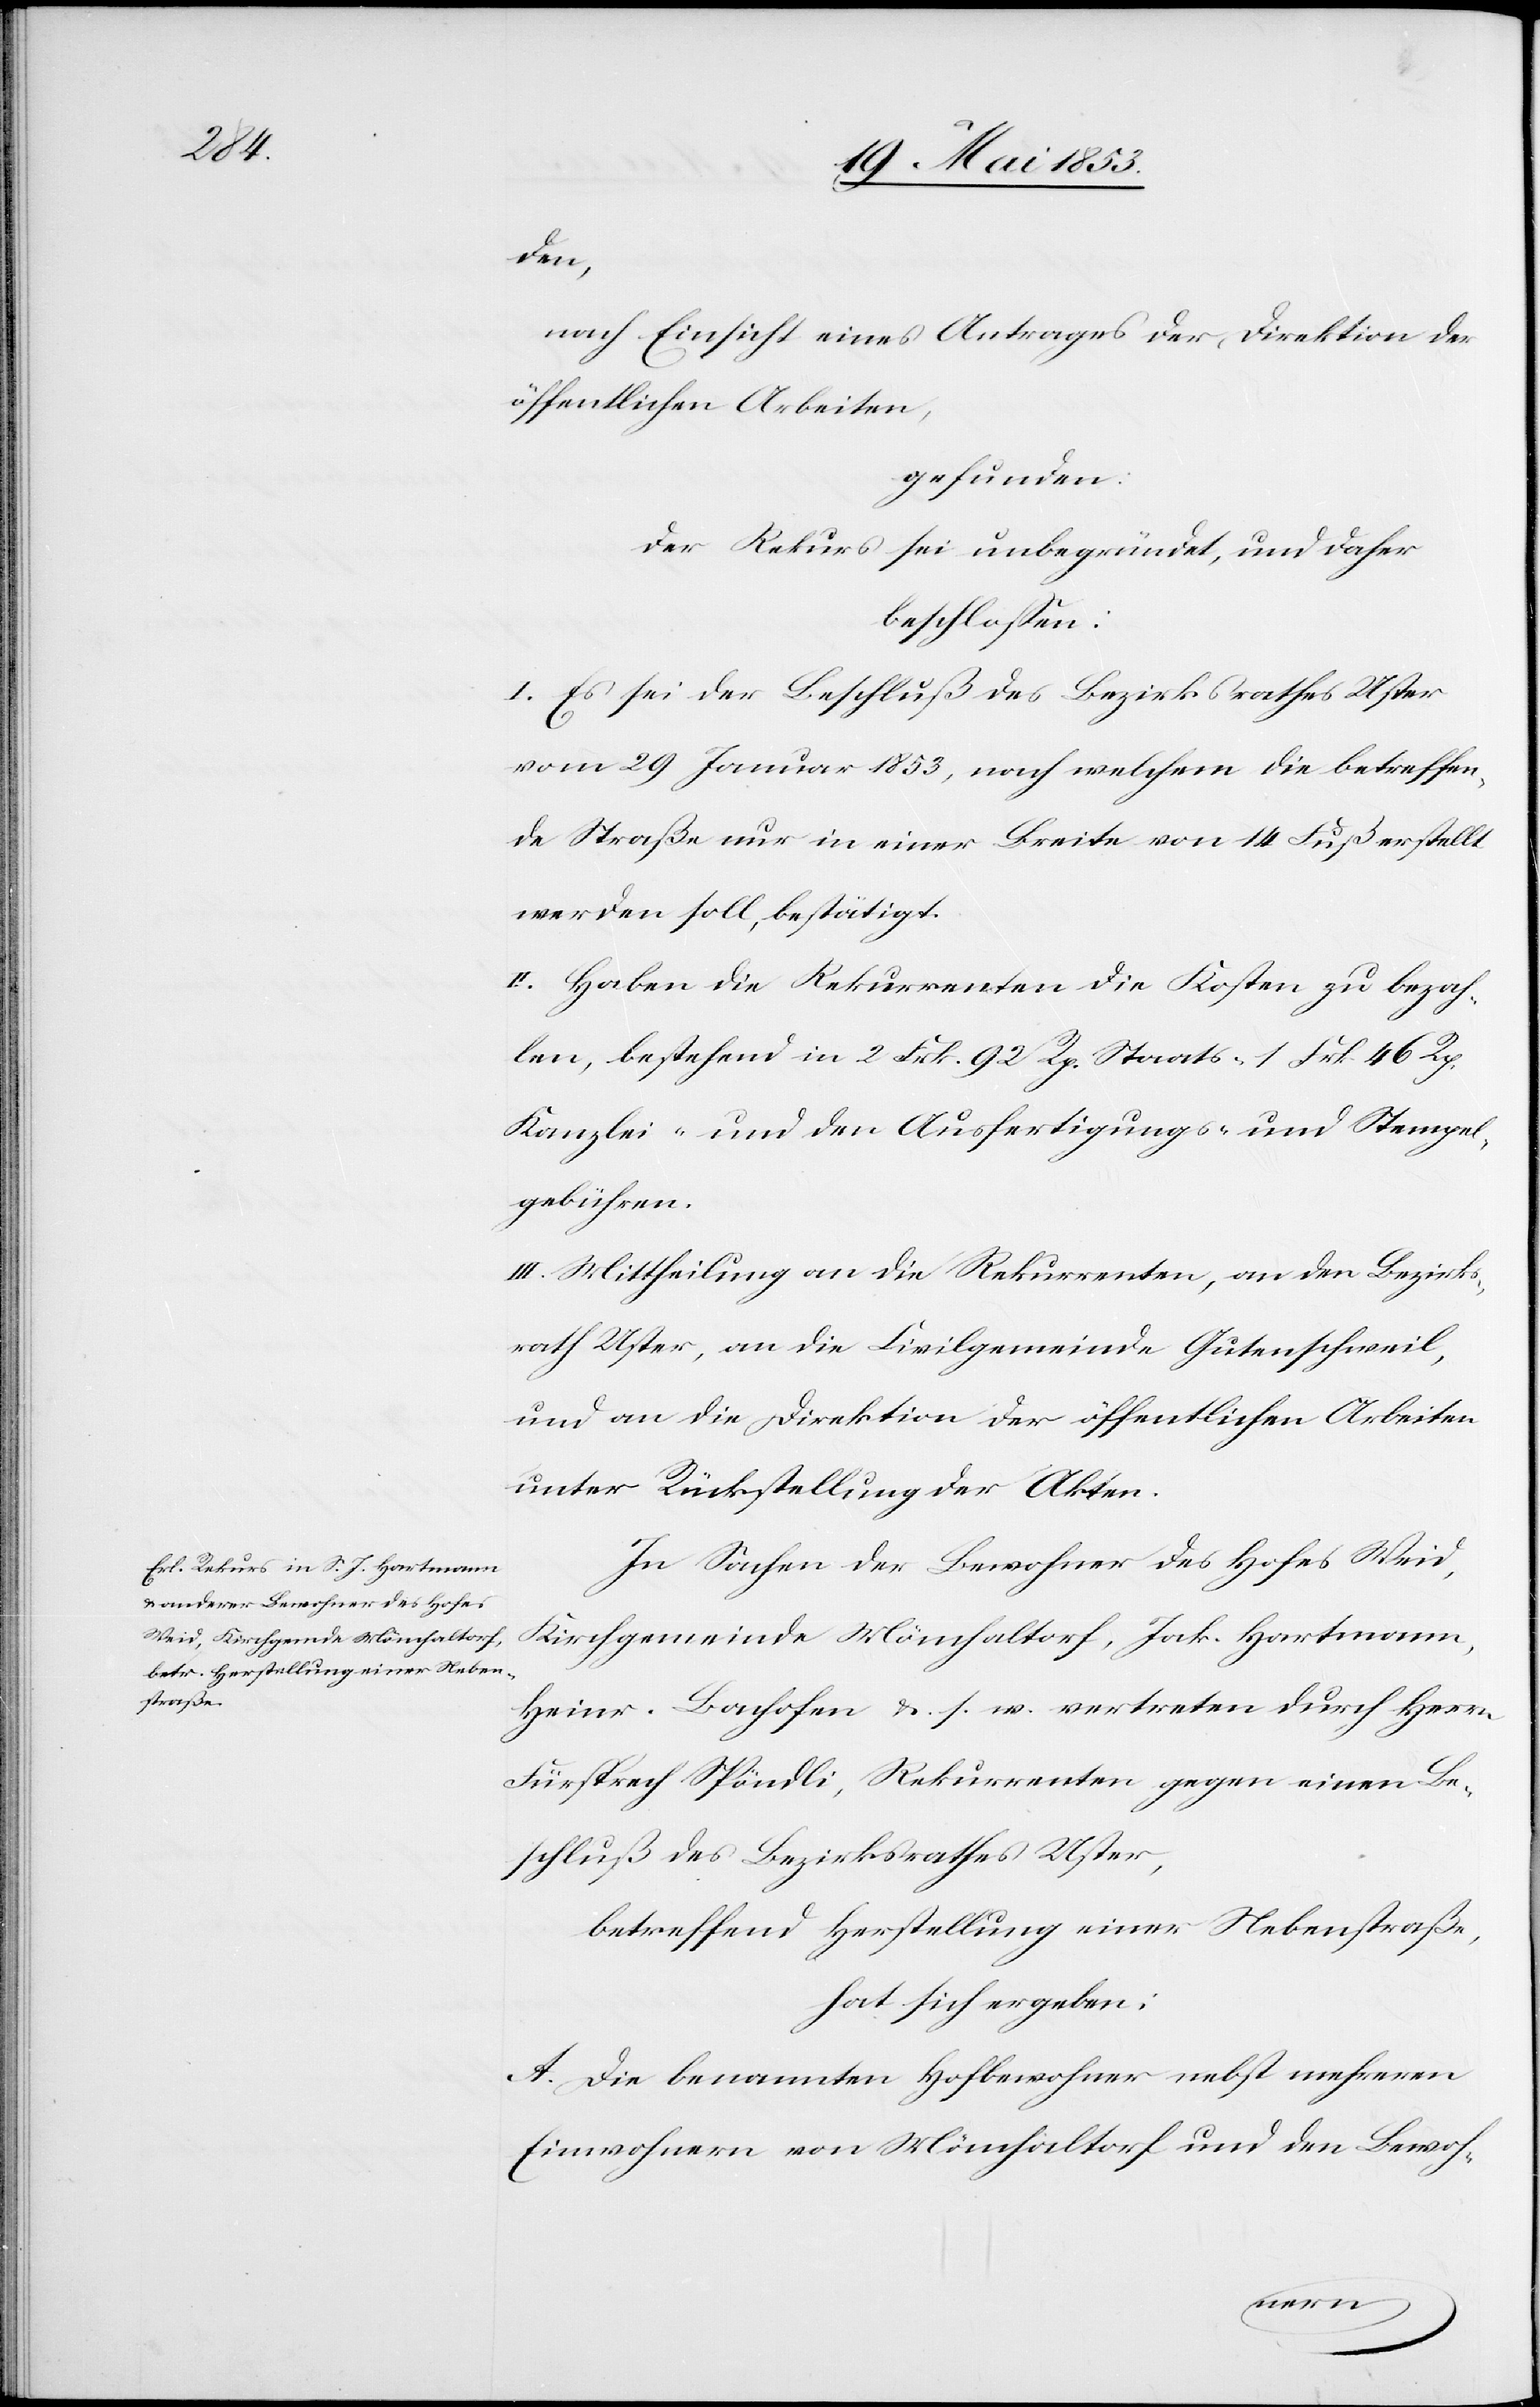
den,
nach Einsicht eines Antrages der Direktion der
öffentlichen Arbeiten,
gefunden:
Der Rekurs sei unbegründet, und daher
beschloßen:
I. Es sei der Beschluß des Bezirksrathes Uster
vom 29 Januar 1853, nach welchem die betreffen¬
de Straße nur in einer Breite von 14 Fuß erstellt
werden soll, bestätigt.
II. Haben die Rekurrenten die Kosten zu bezah¬
len, bestehend in 2 Frk. 92 Rp. Staats- 1 Frk. 46 Rp.
Kanzlei- und den Ausfertigungs- u. Stempel¬
gebühren.
III. Mittheilung an die Rekurrenten, an den Bezirks¬
rath Uster, an die Civilgemeinde Gutenschweil,
und an die Direktion der öffentlichen Arbeiten
unter Rückstellung der Akten.
In Sachen der Bewohner des Hofes Weid,
Kirchgemeinde Mönchaltorf, Jak. Hartmann,
Heinr. Bachofen u. s. w. vertreten durch Herrn
Füsprech Spöndli, Rekurrenten gegen einen Be¬
schluß des Bezirksrathes Uster,
betreffend Herstellung einer Nebenstraße,
hat sich ergeben:
A. Die benannten Hofbewohner nebst mehreren
Einwohnern von Mönchaltorf und den Bewoh-